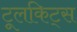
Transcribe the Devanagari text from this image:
टूलकिट्स